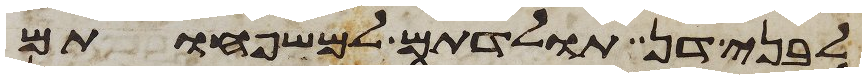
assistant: לבני דן תולדתם למשפחותם